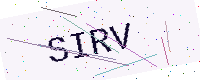
Text: SIRV